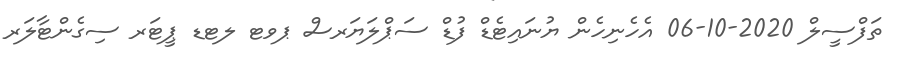
ތަފްސީލް 2020-10-06 އެހެނިހެން ޔުނައިޓެޑް ފުޑް ސަޕްލަޔަރސް ޕވޓ ލޓޑ ޕީޓަރ ސިގެންޓާލަރ